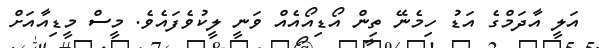
އަލީ އާދަމްގެ އަޑު ހިމެނޭ ތިން އޯޑިއޯއެއް ވަނީ ލީކުވެފައެވެ. މީސް މީޑިއާއަށް